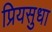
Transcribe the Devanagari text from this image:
प्रियसुधा